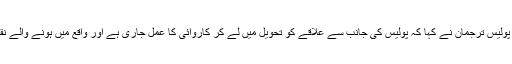
اس معاملے پر مزید بات کرتے ہوئے پولیس ترجمان نے کہا کہ پولیس کی جانب سے علاقے کو تحویل میں لے کر کاروائی کا عمل جاری ہے اور واقع میں ہونے والے نقصان پر انھوں نے غم کا اظہا بھی کیا۔